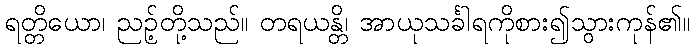
ရတ္တိယော၊ ညဉ့်တို့သည်။ တရယန္တိ၊ အာယုသင်္ခါရကိုစား၍သွားကုန်၏။